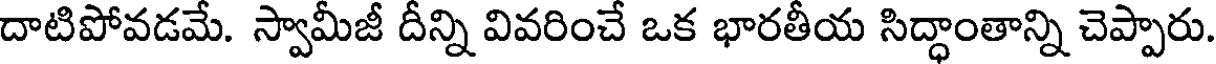
దాటిపోవడమే. స్వామీజీ దీన్ని వివరించే ఒక భారతీయ సిద్ధాంతాన్ని చెప్పారు.